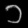
Digit: ၁